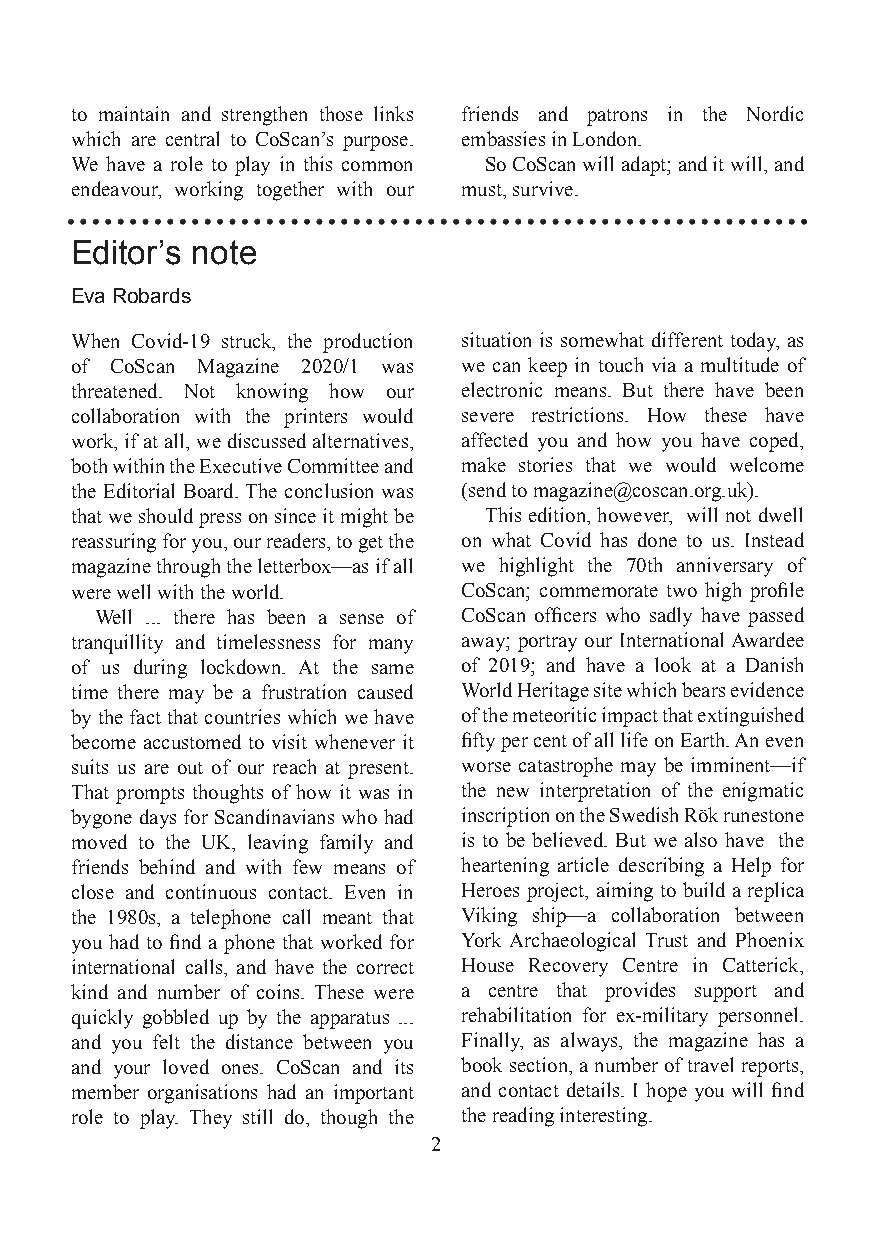
to maintain and strengthen those links friends and patrons in the Nordic
 which are central to CoScan’s purpose. embassies in London.
 We have a role to play in this common So CoScan will adapt; and it will, and
 endeavour, working together with our must, survive.
 Editor’s note
 Eva Robards
 When Covid-19 struck, the production situation is somewhat different today, as
 of CoScan Magazine 2020/1 was we can keep in touch via a multitude of
 threatened. Not knowing how our electronic means. But there have been
 collaboration with the printers would severe restrictions. How these have
 work, if at all, we discussed alternatives, affected you and how you have coped,
 both within the Executive Committee and make stories that we would welcome
 the Editorial Board. The conclusion was (send to magazine@coscan.org.uk).
 that we should press on since it might be This edition, however, will not dwell
 reassuring for you, our readers, to get the on what Covid has done to us. Instead
 magazine through the letterbox—as if all we highlight the 70th anniversary of
 were well with the world. CoScan; commemorate two high profile
 Well ... there has been a sense of CoScan officers who sadly have passed
 tranquillity and timelessness for many away; portray our International Awardee
 of us during lockdown. At the same of 2019; and have a look at a Danish
 time there may be a frustration caused World Heritage site which bears evidence
 by the fact that countries which we have of the meteoritic impact that extinguished
 become accustomed to visit whenever it fifty per cent of all life on Earth. An even
 suits us are out of our reach at present. worse catastrophe may be imminent—if
 That prompts thoughts of how it was in the new interpretation of the enigmatic
 bygone days for Scandinavians who had inscription on the Swedish Rök runestone
 moved to the UK, leaving family and is to be believed. But we also have the
 friends behind and with few means of heartening article describing a Help for
 close and continuous contact. Even in Heroes project, aiming to build a replica
 the 1980s, a telephone call meant that Viking ship—a collaboration between
 you had to find a phone that worked for York Archaeological Trust and Phoenix
 international calls, and have the correct House Recovery Centre in Catterick,
 kind and number of coins. These were a centre that provides support and
 quickly gobbled up by the apparatus ... rehabilitation for ex-military personnel.
 and you felt the distance between you Finally, as always, the magazine has a
 and your loved ones. CoScan and its book section, a number of travel reports,
 member organisations had an important and contact details. I hope you will find
 role to play. They still do, though the the reading interesting.
 2